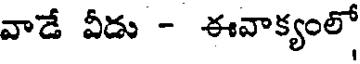
వాడే వీడు - ఈవాక్యంలో